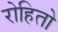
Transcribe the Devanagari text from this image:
रोहितो